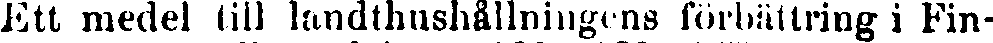
Ett medel till landthushållningens förbättring i Fin-